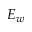
E _ { w }